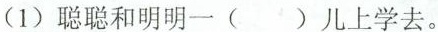
(1)聪聪和明明一( )儿上学去。